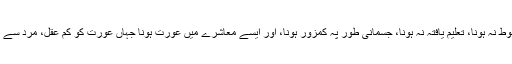
اپنے عقاءد کی وجہ سے ملک کی اکثریت سے مختلف ہونا، معاشی طور پہ مضبوط نہ ہونا، تعلیم یافتہ نہ ہونا، جسمانی طور پہ کمزور ہونا، اور ایسے معاشرے میں عورت ہونا جہاں عورت کو کم عقل، مرد سے نیچا، اور مرد کی کھیتی سمجھا جاتا ہو، یہ سب 'کمزوری' کی مختلف شکلیں ہیں۔